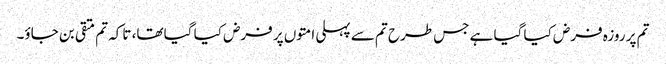
تم پر روزہ فرض کیا گیا ہے جس طرح تم سے پہلی امتوں پر فرض کیا گیا تھا، تاکہ تم متقی بن جاؤ۔